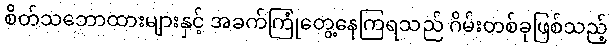
စိတ်သဘောထားများနှင့် အခက်ကြုံတွေ့နေကြရသည် ဂိမ်းတစ်ခုဖြစ်သည့်